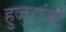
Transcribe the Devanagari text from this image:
हुजुरांचे